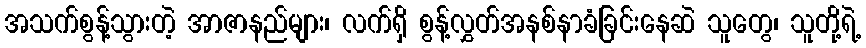
အသက်စွန့်သွားတဲ့ အာဇာနည်များ၊ လက်ရှိ စွန့်လွှတ်အနစ်နာခံခြင်းနေဆဲ သူတွေ၊ သူတို့ရဲ့